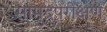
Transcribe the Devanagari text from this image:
सामुद्रपरीक्षण